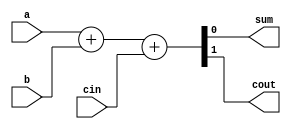
/*******************************************************************
*
* Module: fullAdder.v
* Project: 32-bit signed Serial-Parallel Multiplier (SPM)
* Description: Full Adder adds three inputs and produces two outputs. The first two inputs are a and b and the third input is an input carry,
               The output carry is cout and the normal output is sum which the sum of a and b
*
* Change history: 03/09/21 Module Created
                  03/16/21 Edited the code to meet coding guidelines
*
**********************************************************************/

`timescale 1ns/1ns

module fullAdder (
   input  a,
   input  b,
   input  cin,
   output sum,
   output cout
);

 assign {cout,sum} = a+b+cin;
  
 endmodule